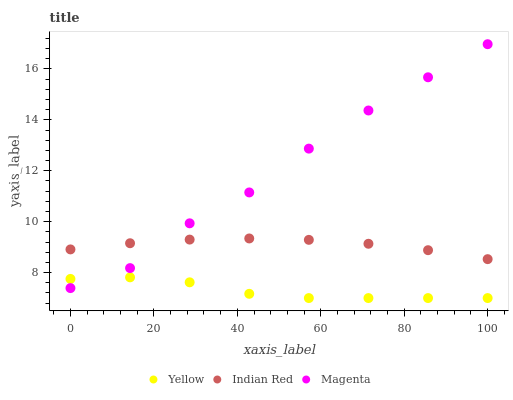
| xaxis_label | Yellow | Indian Red | Magenta |
 | --- | --- | --- | --- |
 | 0 | 7.75 | 8.91 | 7.39 |
 | 14.3 | 7.81 | 9.15 | 8.18 |
 | 28.6 | 7.62 | 9.3 | 9.94 |
 | 42.9 | 7.17 | 9.34 | 11.1 |
 | 57.1 | 7 | 9.29 | 12.9 |
 | 71.4 | 7 | 9.13 | 14.4 |
 | 85.7 | 7 | 8.88 | 15.7 |
 | 100 | 7 | 8.53 | 17 |